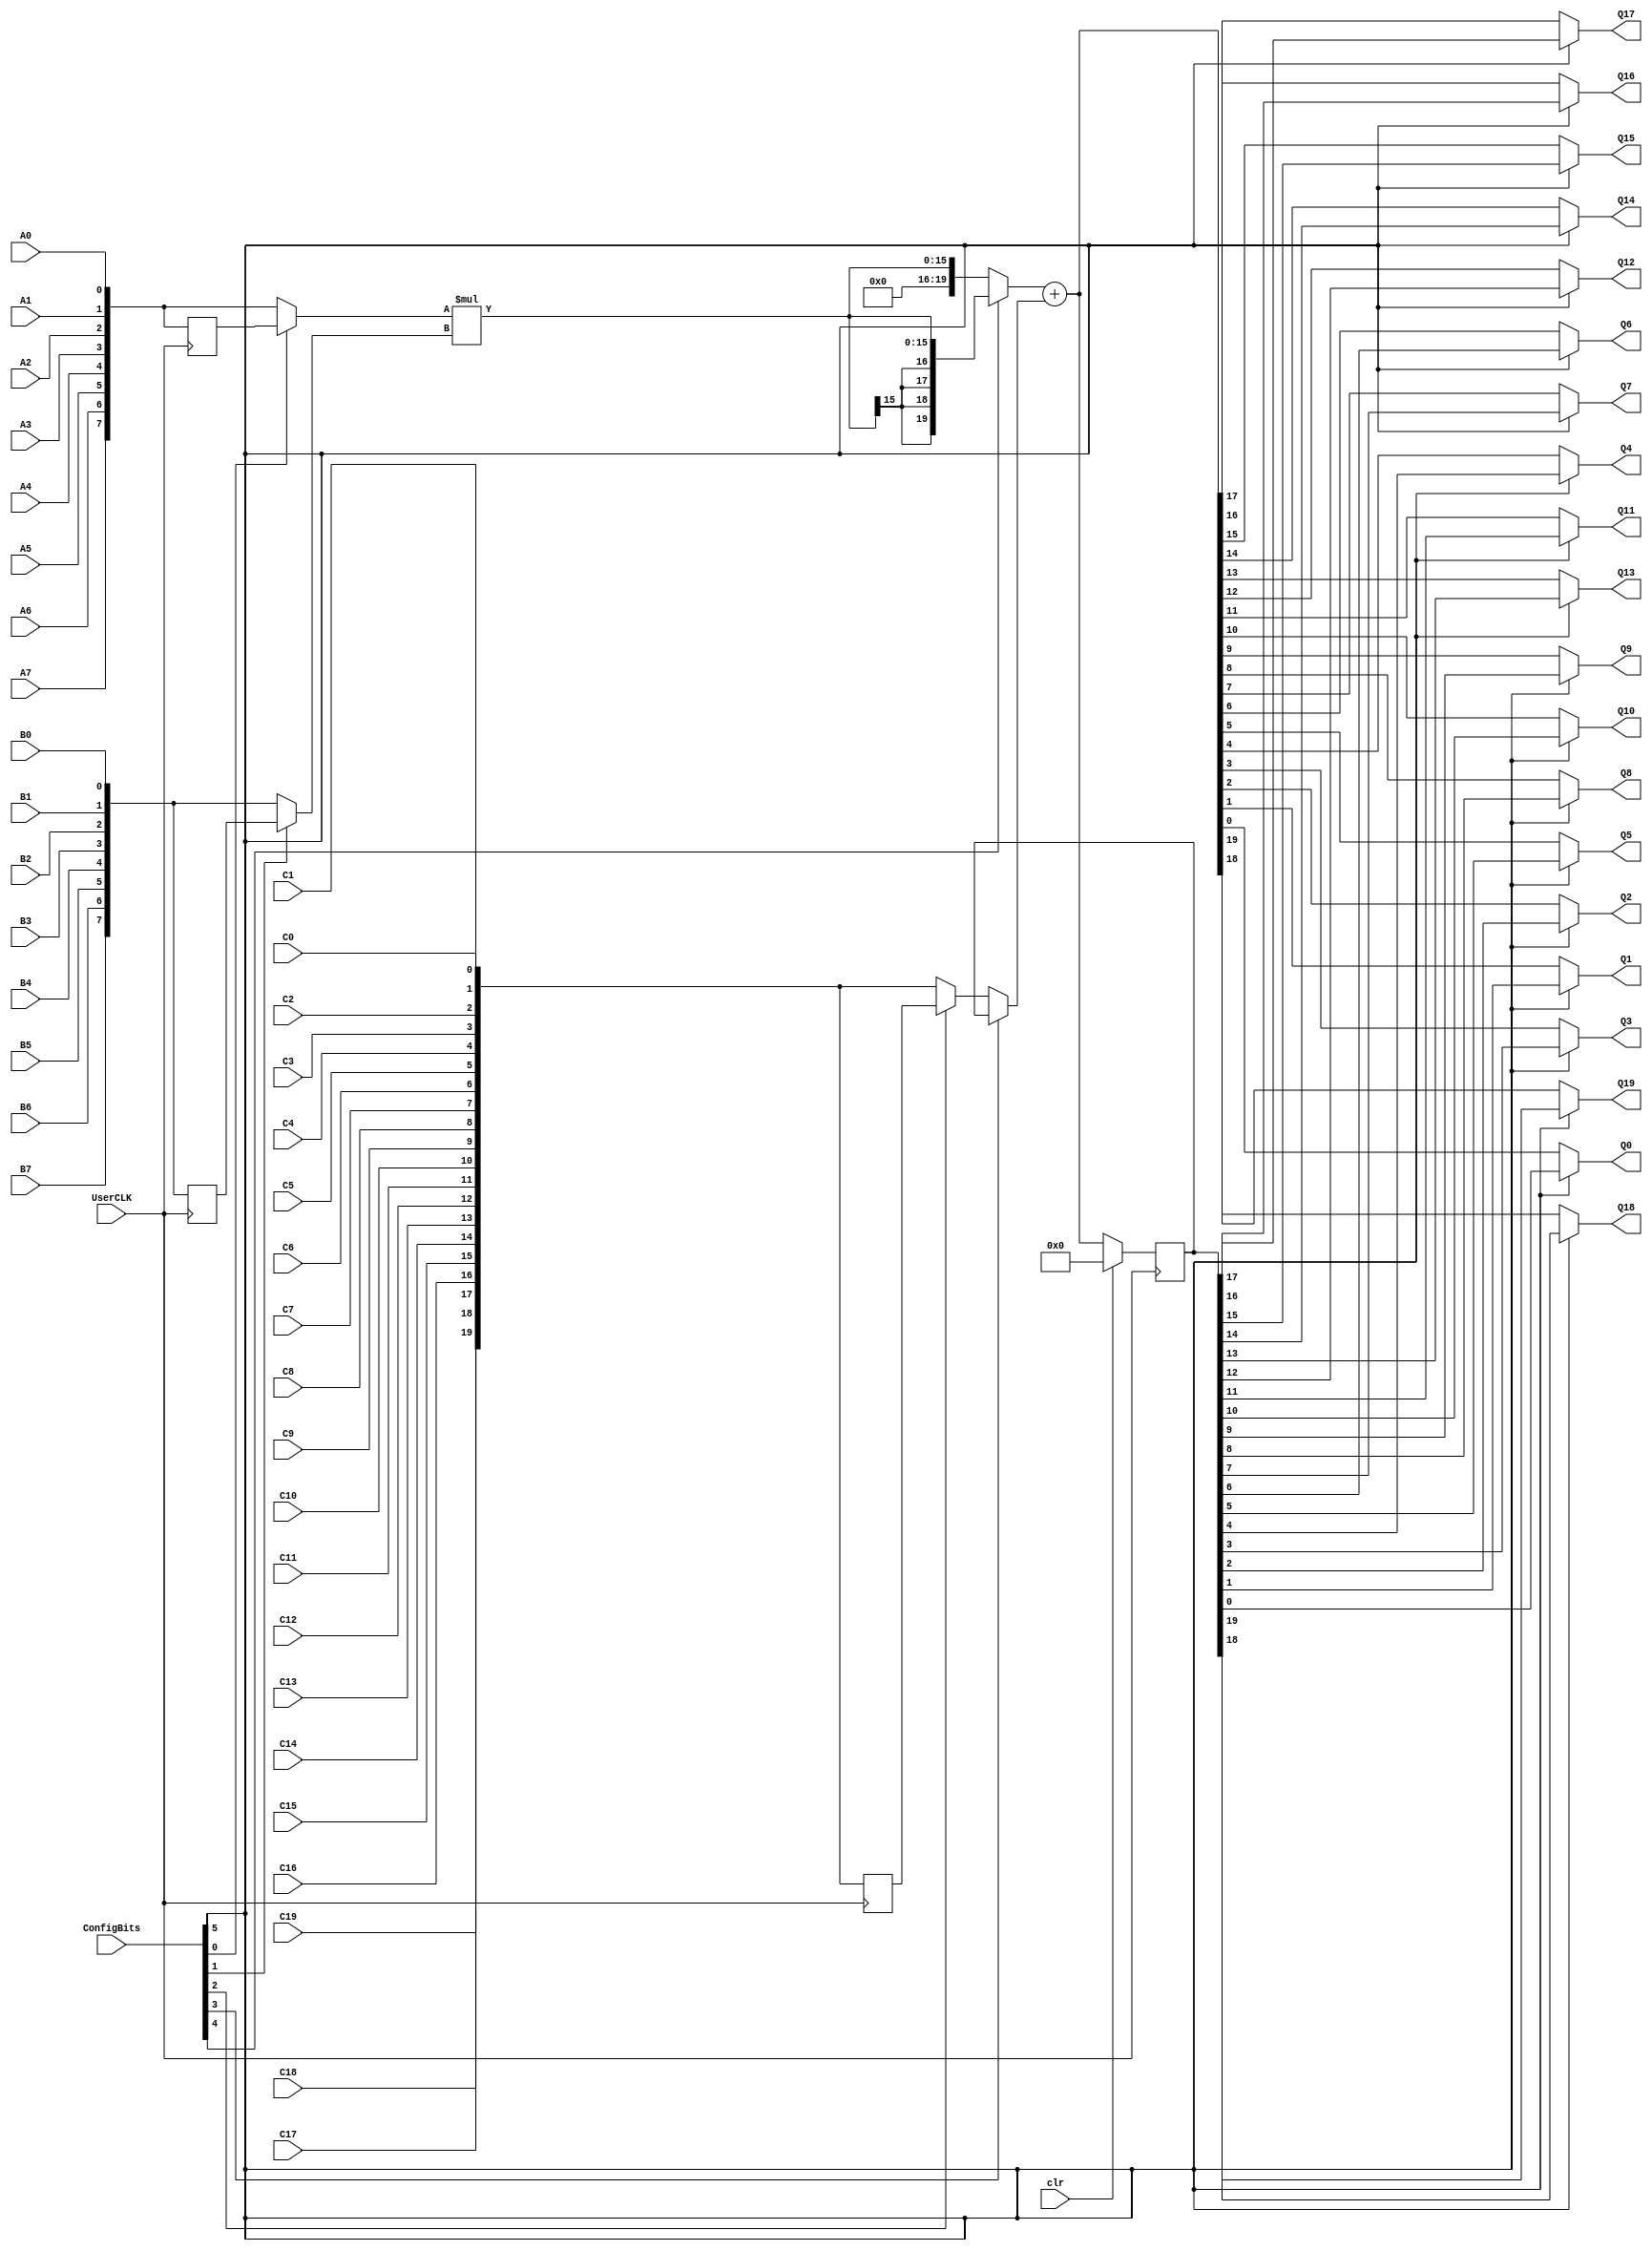
module MULADD (A7, A6, A5, A4, A3, A2, A1, A0, B7, B6, B5, B4, B3, B2, B1, B0, C19, C18, C17, C16, C15, C14, C13, C12, C11, C10, C9, C8, C7, C6, C5, C4, C3, C2, C1, C0, Q19, Q18, Q17, Q16, Q15, Q14, Q13, Q12, Q11, Q10, Q9, Q8, Q7, Q6, Q5, Q4, Q3, Q2, Q1, Q0, clr, UserCLK, ConfigBits);
	parameter NoConfigBits = 6;// has to be adjusted manually (we don't use an arithmetic parser for the value)
	// IMPORTANT: this has to be in a dedicated line
	input A7;// operand A
	input A6;
	input A5;
	input A4;
	input A3;
	input A2;
	input A1;
	input A0;
	input B7;// operand B
	input B6;
	input B5;
	input B4;
	input B3;
	input B2;
	input B1;
	input B0;
	input C19;// operand C
	input C18;
	input C17;
	input C16;
	input C15;
	input C14;
	input C13;
	input C12;
	input C11;
	input C10;
	input C9;
	input C8;
	input C7;
	input C6;
	input C5;
	input C4;
	input C3;
	input C2;
	input C1;
	input C0;
	output Q19;// result
	output Q18;
	output Q17;
	output Q16;
	output Q15;
	output Q14;
	output Q13;
	output Q12;
	output Q11;
	output Q10;
	output Q9;
	output Q8;
	output Q7;
	output Q6;
	output Q5;
	output Q4;
	output Q3;
	output Q2;
	output Q1;
	output Q0;

	input clr;
	input UserCLK; // EXTERNAL // SHARED_PORT // ## the EXTERNAL keyword will send this sisgnal all the way to top and the //SHARED Allows multiple BELs using the same port (e.g. for exporting a clock to the top)
	// GLOBAL all primitive pins that are connected to the switch matrix have to go before the GLOBAL label
	input [NoConfigBits-1:0] ConfigBits;

	wire [7:0] A;		// port A read data 
	wire [7:0] B;		// port B read data 
	wire [19:0] C;		// port B read data 
	reg [7:0] A_reg;		// port A read data register
	reg [7:0] B_reg;		// port B read data register
	reg [19:0] C_reg;		// port B read data register
	wire [7:0] OPA;		// port A 
	wire [7:0] OPB;		// port B 
	wire [19:0] OPC;		// port B  
	reg [19:0] ACC ;		// accumulator register
	wire [19:0] sum;// port B read data register
	wire [19:0] sum_in;// port B read data register
	wire [15:0] product;
	wire [19:0] product_extended;

	assign A = {A7,A6,A5,A4,A3,A2,A1,A0};
	assign B = {B7,B6,B5,B4,B3,B2,B1,B0};
	assign C = {C19,C18,C17,C16,C15,C14,C13,C12,C11,C10,C9,C8,C7,C6,C5,C4,C3,C2,C1,C0};

	assign OPA = ConfigBits[0] ? A_reg : A;
	assign OPB = ConfigBits[1] ? B_reg : B;
	assign OPC = ConfigBits[2] ? C_reg : C;

	assign sum_in = ConfigBits[3] ? ACC : OPC;// we can

	assign product = OPA * OPB;

// The sign extension was not tested
	assign product_extended = ConfigBits[4] ? {product[15],product[15],product[15],product[15],product} : {4'b0000,product};

	assign sum = product_extended + sum_in;

	assign Q19	= ConfigBits[5] ? ACC[19] : sum[19];
	assign Q18	= ConfigBits[5] ? ACC[18] : sum[18];
	assign Q17	= ConfigBits[5] ? ACC[17] : sum[17];
	assign Q16	= ConfigBits[5] ? ACC[16] : sum[16];
	assign Q15	= ConfigBits[5] ? ACC[15] : sum[15];
	assign Q14	= ConfigBits[5] ? ACC[14] : sum[14];
	assign Q13	= ConfigBits[5] ? ACC[13] : sum[13];
	assign Q12	= ConfigBits[5] ? ACC[12] : sum[12];
	assign Q11	= ConfigBits[5] ? ACC[11] : sum[11];
	assign Q10	= ConfigBits[5] ? ACC[10] : sum[10];
	assign Q9	= ConfigBits[5] ? ACC[9] : sum[9];
	assign Q8	= ConfigBits[5] ? ACC[8] : sum[8];
	assign Q7	= ConfigBits[5] ? ACC[7] : sum[7];
	assign Q6	= ConfigBits[5] ? ACC[6] : sum[6];
	assign Q5	= ConfigBits[5] ? ACC[5] : sum[5];
	assign Q4	= ConfigBits[5] ? ACC[4] : sum[4];
	assign Q3	= ConfigBits[5] ? ACC[3] : sum[3];
	assign Q2	= ConfigBits[5] ? ACC[2] : sum[2];
	assign Q1	= ConfigBits[5] ? ACC[1] : sum[1];
	assign Q0	= ConfigBits[5] ? ACC[0] : sum[0];

	always @ (posedge UserCLK)
	begin
		A_reg <= A;
		B_reg <= B;
		C_reg <= C;
		if (clr == 1'b1) begin
			ACC <= 20'b00000000000000000000;
		end else begin
			ACC <= sum;
		end
	end

endmodule